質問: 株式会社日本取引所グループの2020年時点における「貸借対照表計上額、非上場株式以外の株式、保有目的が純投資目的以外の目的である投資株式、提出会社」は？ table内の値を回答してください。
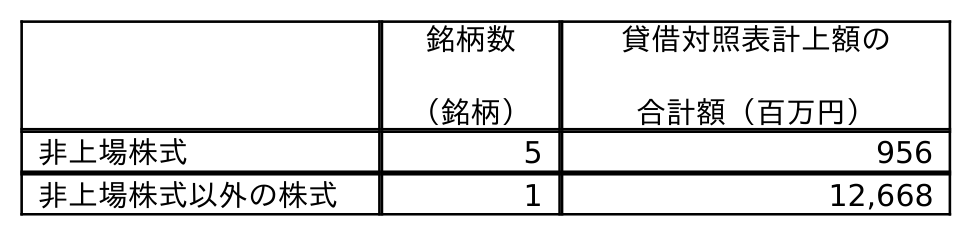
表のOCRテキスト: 銘柄数 （銘柄） 貸借対照表計上額の 合計額（百万円） 非上場株式 5 956 非上場株式以外の株式 1 12,668
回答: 12,668